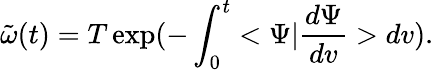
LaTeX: {\tilde{\omega}}(t)=T\exp({-\int_{0}^{t}<\Psi|{\frac{d\Psi}{dv}}>dv}).